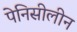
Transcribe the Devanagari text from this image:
पेनिसीलीन